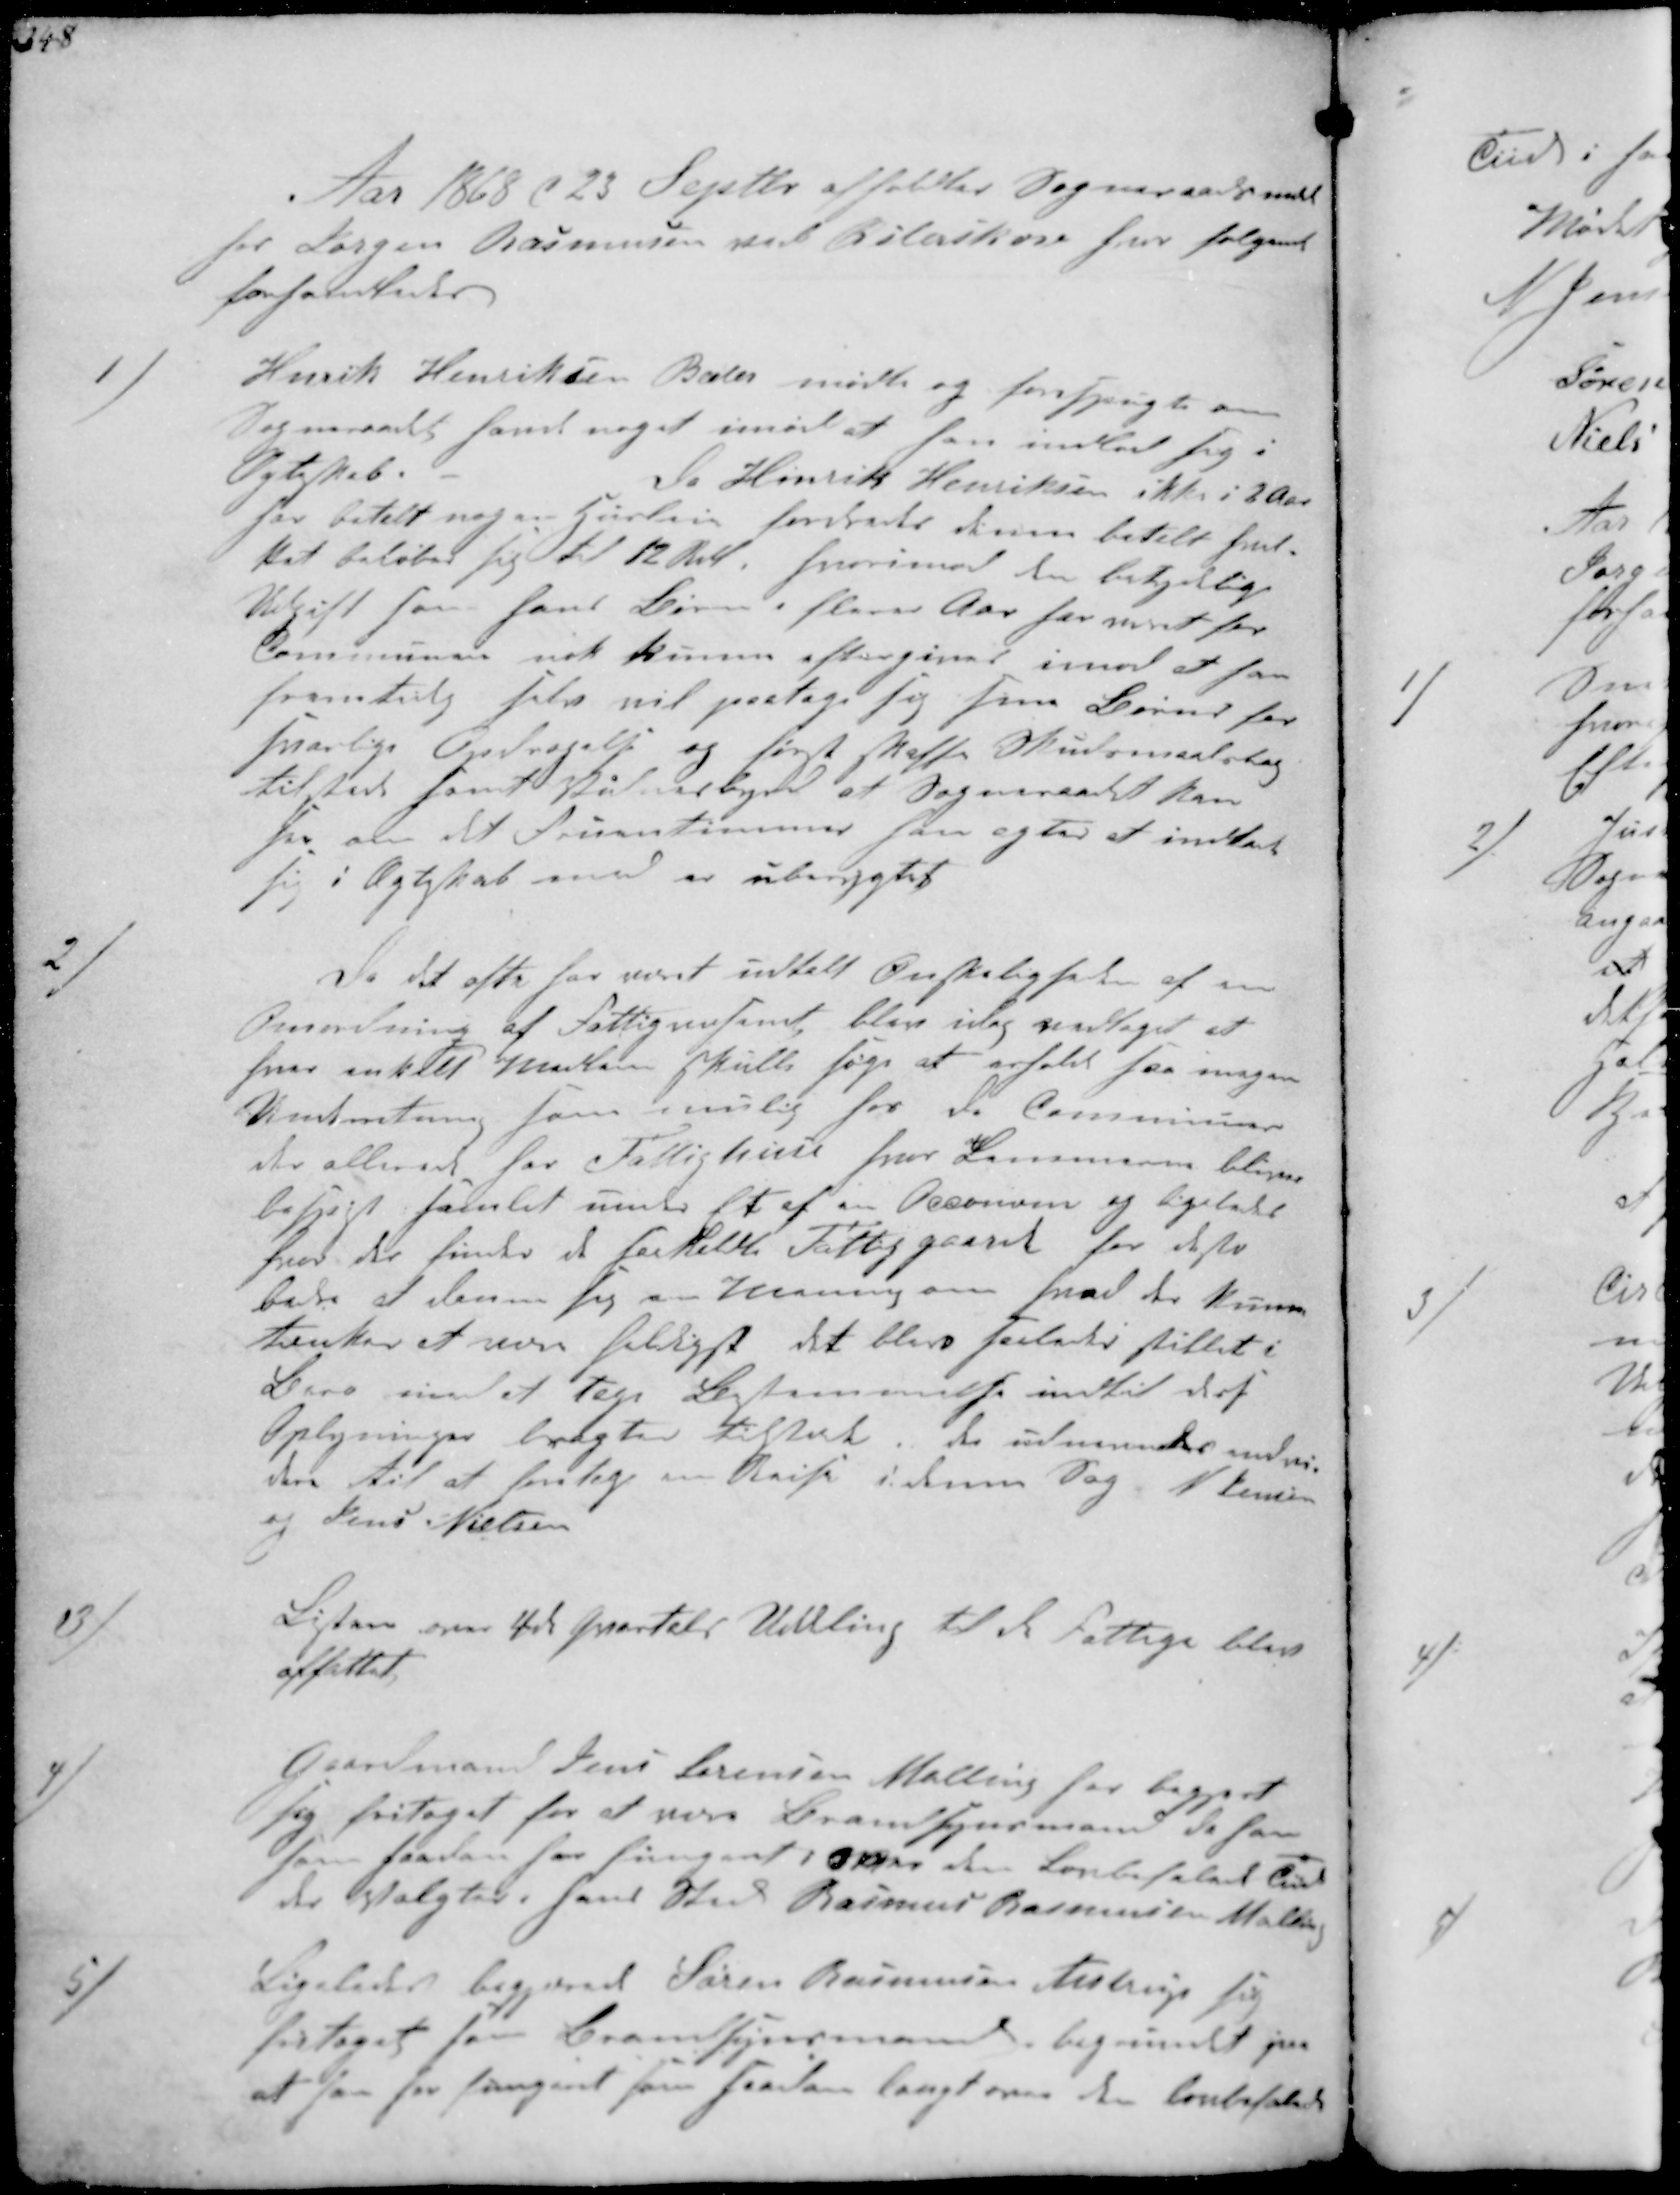
Transskription:
Aar 1868 d 23 Septbr afholdtes Sogneraadsmøde
hos Jørgen Rasmussen ved Østerskov hvor følgende
forhandledes

1/
Henrik Henriksen Beder mødte og forespurgte om
Sogneraadet havde noget imod at han indlod sig i
Ægteskab.
Da Henrik Henriksen ikke i 2 Aar
har betalt nogen Husleie fordredes denne betalt hvil-
ket beløber sig til 12 Rd, hvorimod den betydelige
Udgift som hans Børn flere Aar har været for
Kommunen nok kunne eftergives imod at han
fremtidig selv vil paatage sig sine Børns for-
svarlige Opdragelse og først skaffe Skudsmaalsbog
tilstede samt Vidnesbyrd at Sogneraadet kan
se om det Fruentimmer han agter at indlade
sig i Ægteskab er uberygtet

2/
Da det ofte har været udtalt Ønskeligheden af en
Anordning af Fattigvæsenet blev idag vedtaget at
hver enkelt Medlem skulle søge at erholde saa megen
Underretning som mulig for de Kommuner
der allerede har Fattighuus hvor Lemmerne blive
begjært samlet under et af en Bonde og ligeledes
hvor der finder de saakaldte Fattiggaarde for disse
bedre at danne sig en Mening om hvad der kunne
tænkes at være heldigt det blev saaledes stillet i
Bero med at tage Bestemmelse indtil disse
Oplysninger bragtes tilstede, der udnævntes indvi¬
dere til at foretage en Reise i denne Sag N Jensen
og Jens Nielsen

3/
Listen over 4de Qvartals Uddeling til de Fattige blev
affattet

4/
Aamtmand Jens Sørensen Malling har begjært
sig fritages for være Brandsynsmand da han
som saadan har fungeret i over den lovbefalede Tid
der udvalgtes i Sted Hmd Rasmus Rasmussen Malling

5/
Ligeledes begjærede Søren Rasmussen Aistrup og
fritaget som Brandsynsmand begrundet paa
at han har fungeret som saadan langt over den lovbefalede